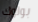
بولوك